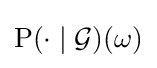
\operatorname {P} (\cdot \mid {\mathcal {G}})(\omega )